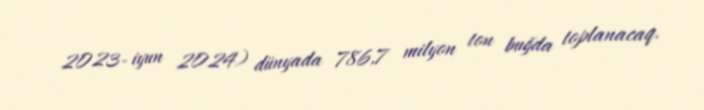
2023- iyun 2024) dünyada 786,7 milyon ton buğda toplanacaq.